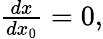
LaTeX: \begin{array}{r}{\frac{dx}{dx_{0}}=0,}\end{array}